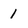
Character: 1